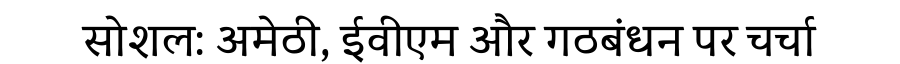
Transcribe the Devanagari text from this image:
सोशल: अमेठी, ईवीएम और गठबंधन पर चर्चा